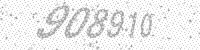
Solution: 908910